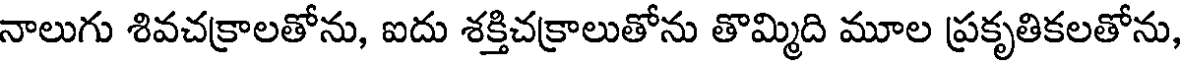
నాలుగు శివచక్రాలతోను, ఐదు శక్తిచక్రాలుతోను తొమ్మిది మూల ప్రకృతికలతోను,